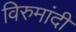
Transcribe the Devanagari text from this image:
विरुमांदी